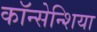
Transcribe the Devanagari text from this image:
कॉन्सेन्शिया